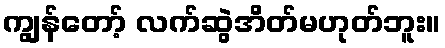
ကျွန်တော့် လက်ဆွဲအိတ်မဟုတ်ဘူး။